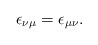
\begin{align*}\epsilon_{\nu\mu}=\epsilon_{\mu\nu}.\end{align*}